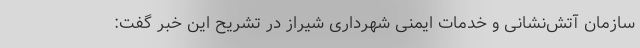
سازمان آتش‌نشانی و خدمات ایمنی شهرداری شیراز در تشریح این خبر گفت: